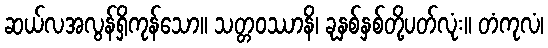
ဆယ်လအလွန်ရှိကုန်သော။ သတ္တဝဿာနိ၊ ခုနှစ်နှစ်တို့ပတ်လုံး။ တံကုလံ၊